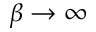
\beta \rightarrow \infty